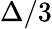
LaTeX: \Delta/3